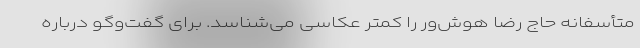
متأسفانه حاج رضا هوش‌ور را کمتر عکاسی می‌شناسد. برای گفت‌وگو درباره